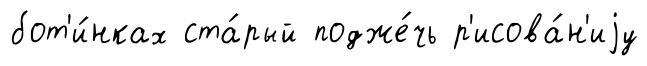
бот'и́нках ста́рый подже́чь р'исова́н'иjу